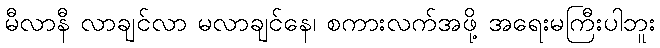
မီလာနီ လာချင်လာ မလာချင်နေ၊ စကားလက်အဖို့ အရေးမကြီးပါဘူး